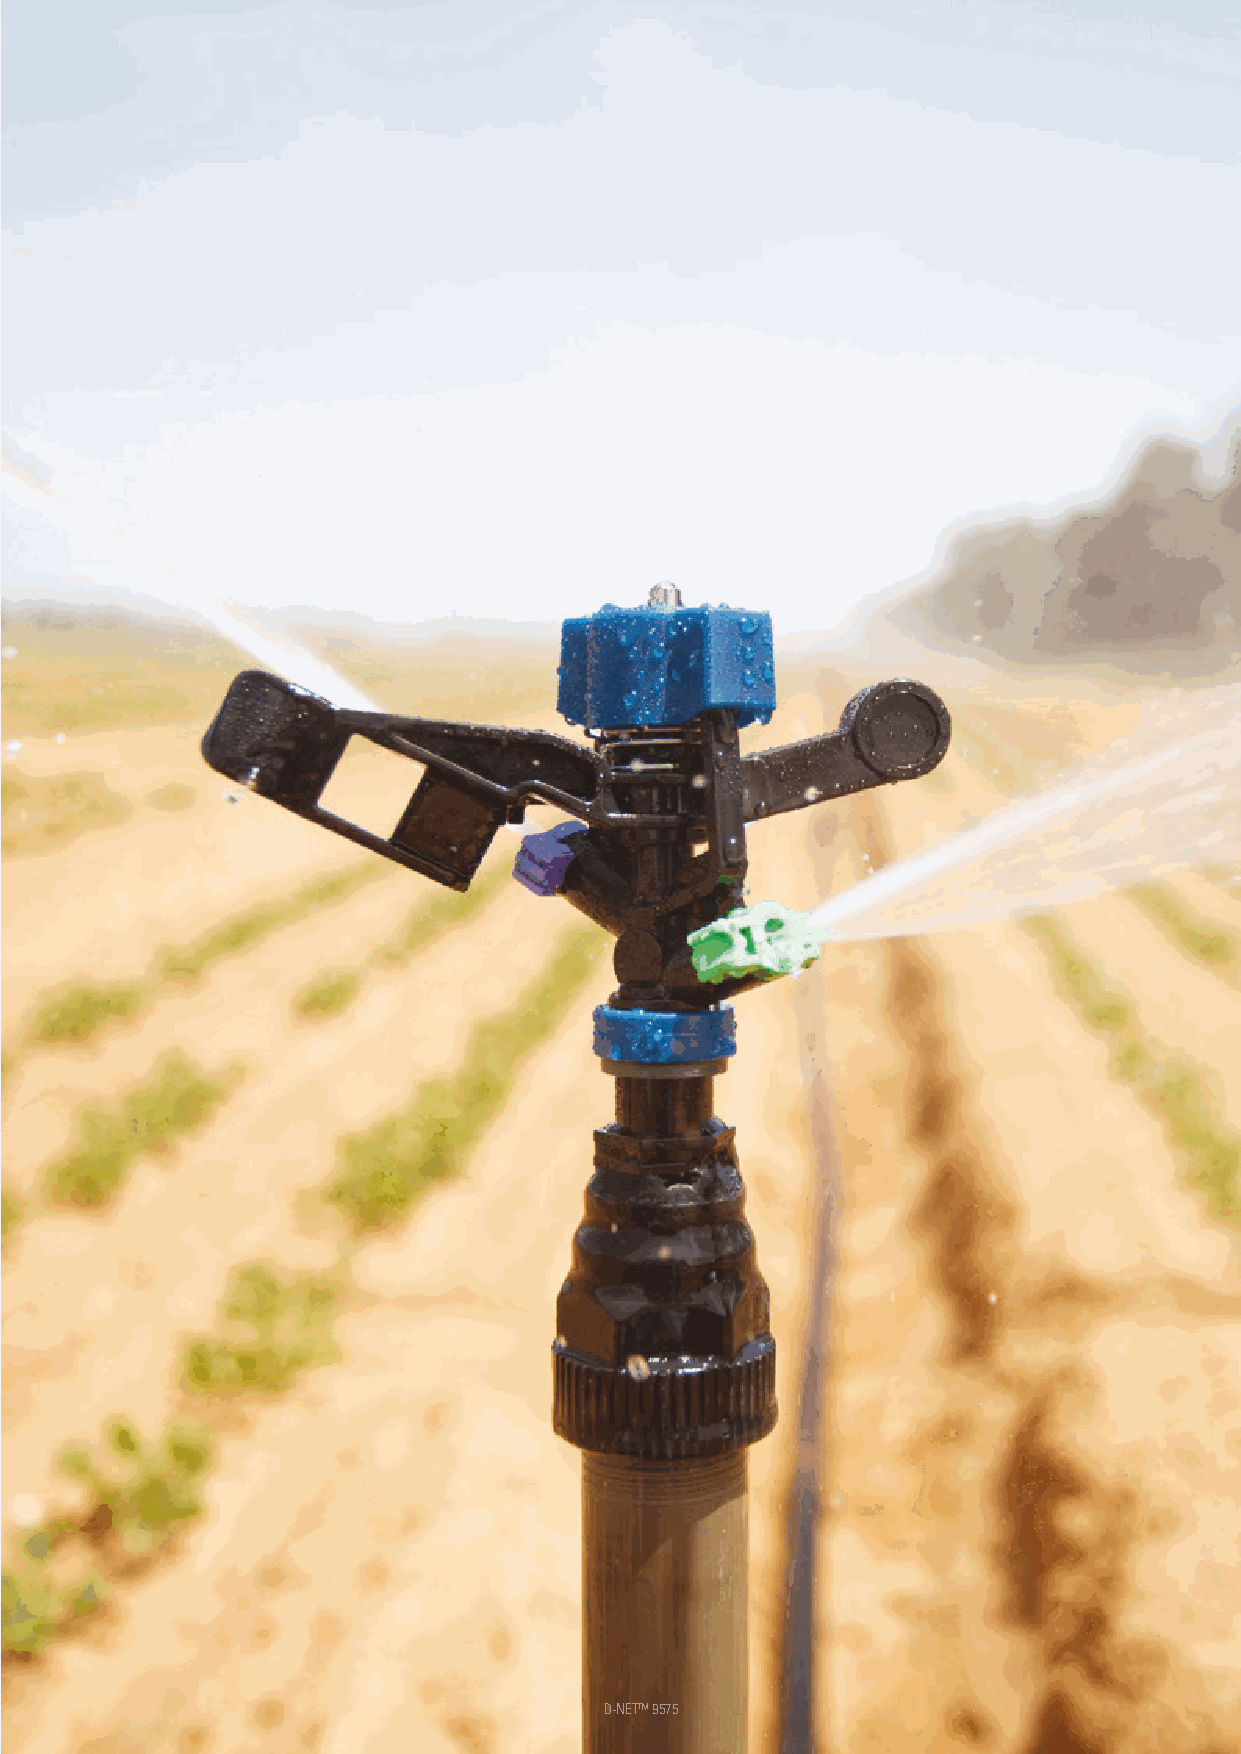
SPRINKLERS 2019 V1.0            D-NET™ 9575                        129